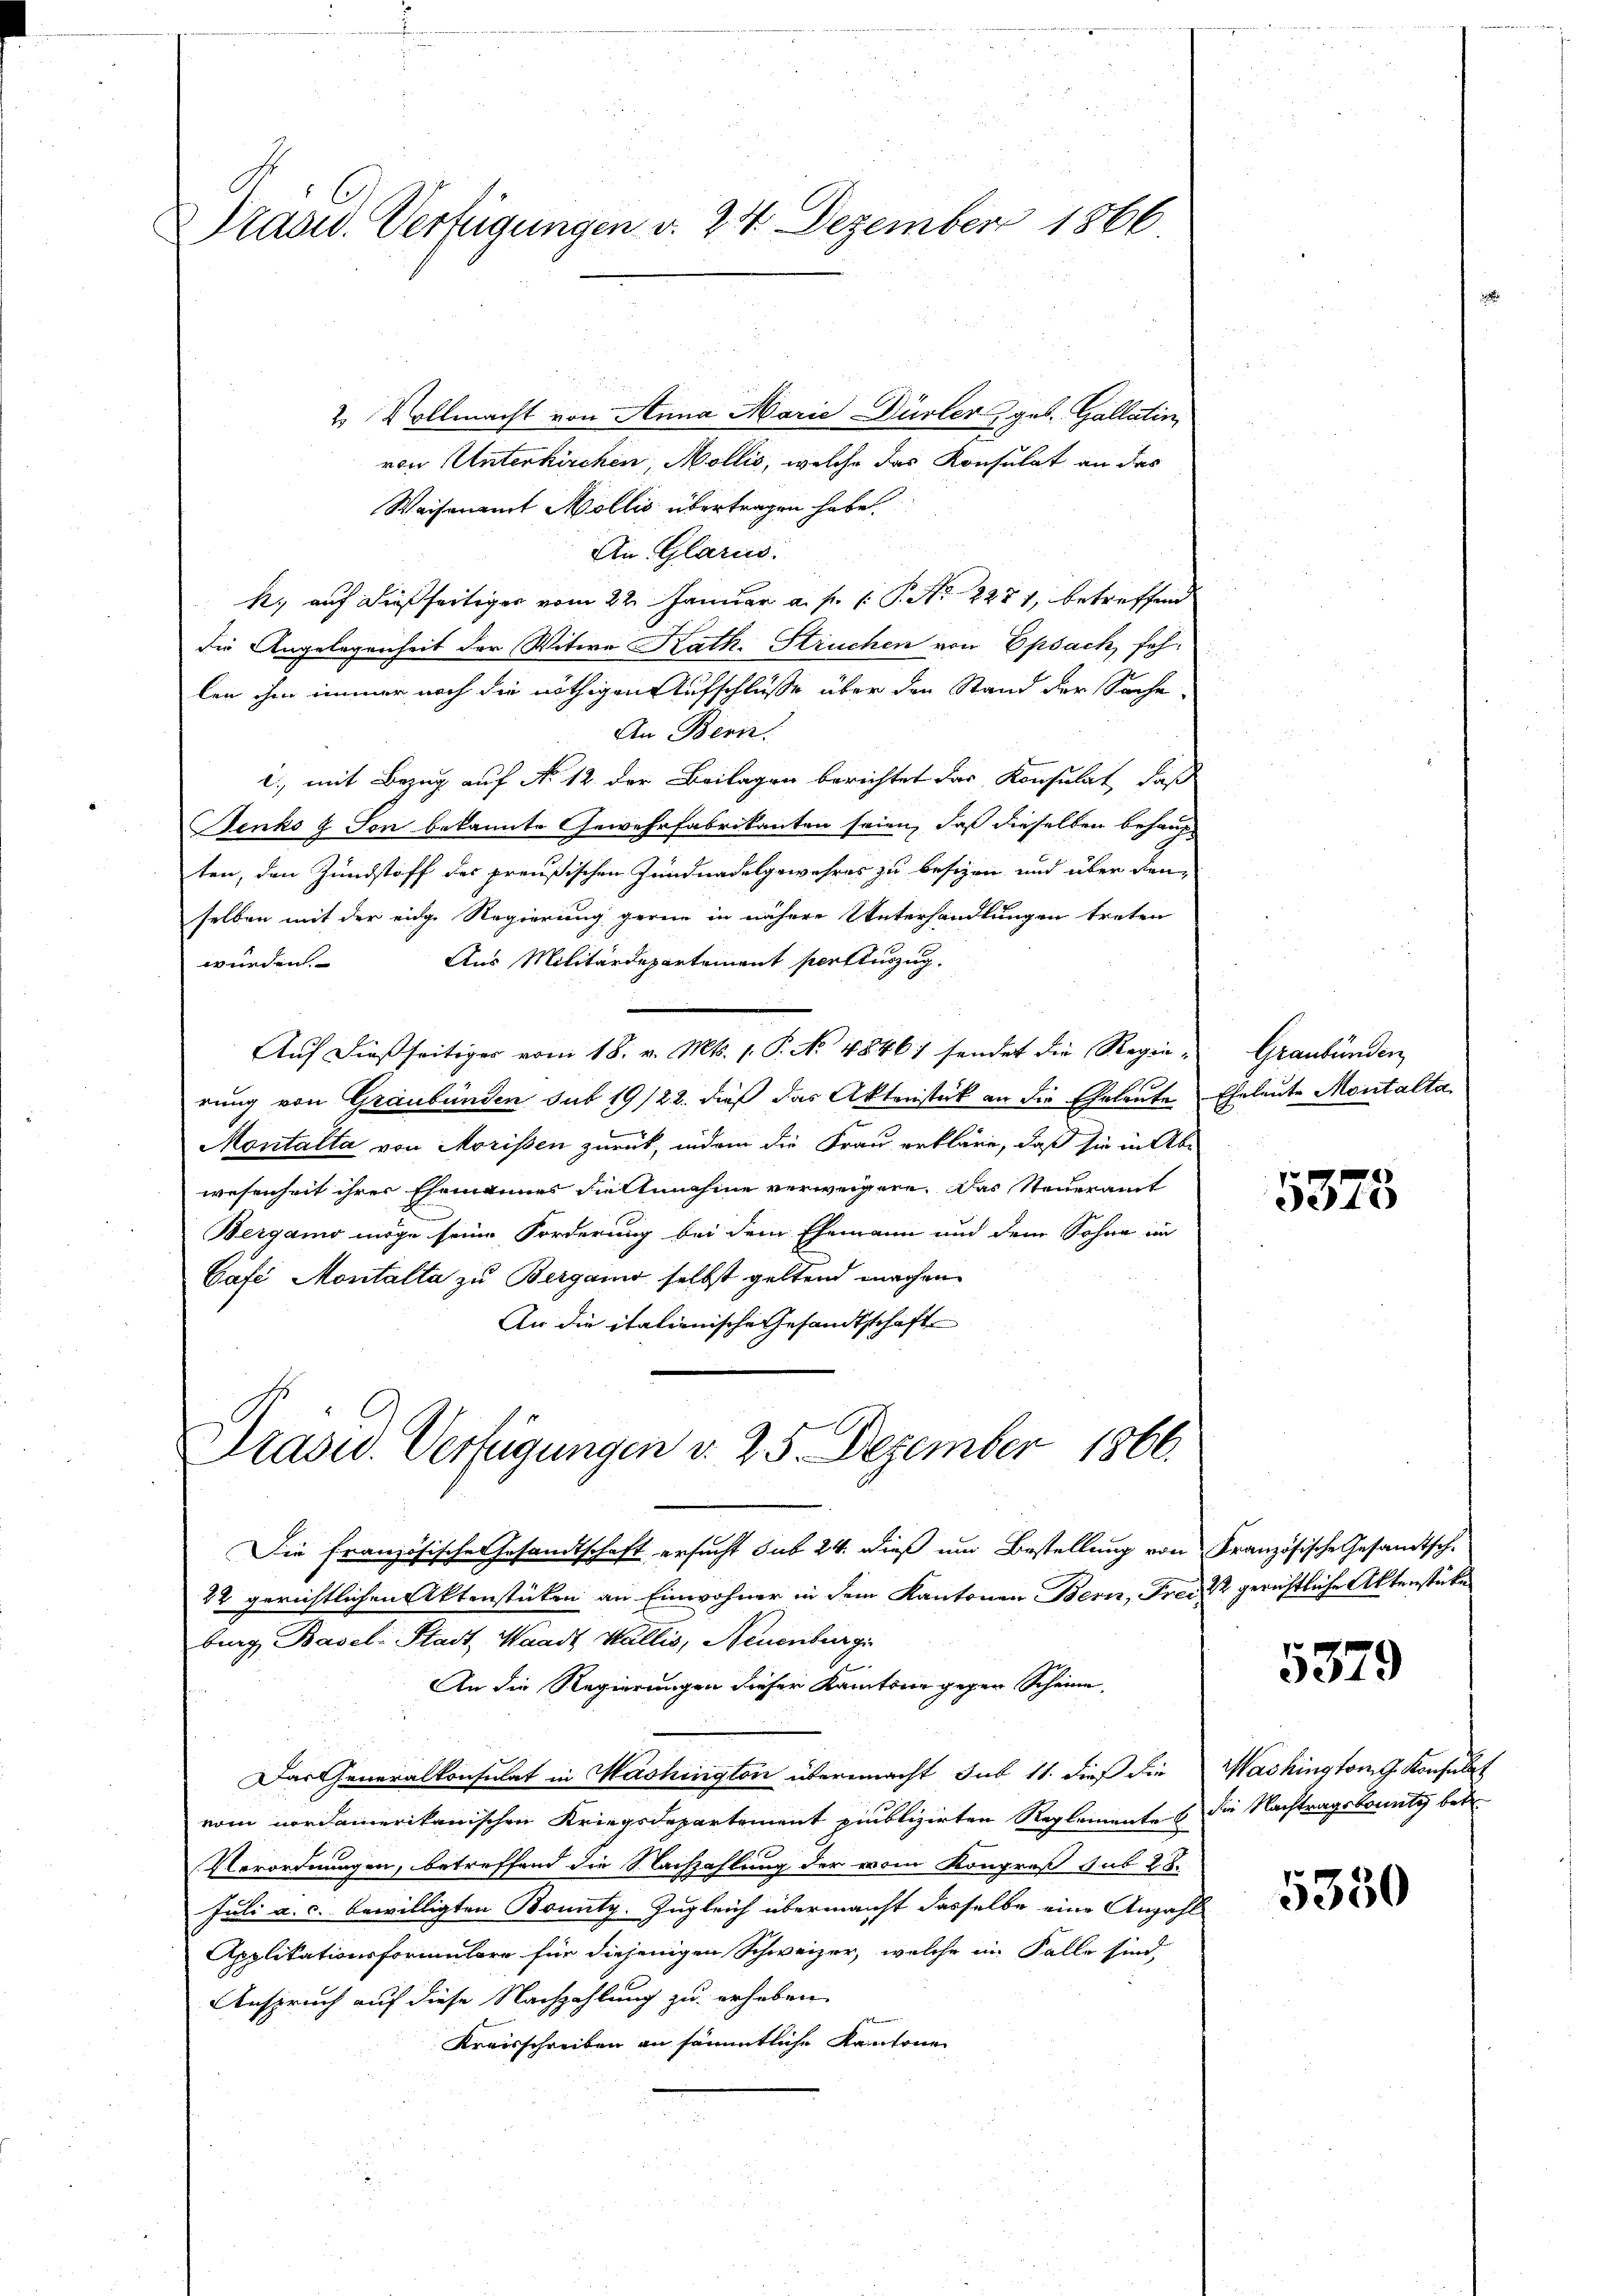
Prasid. Verfügungen d. 24. Dezember 1866.

2 Vollmacht von Anna Marie Dürler geb. Gallatin,
von Unterkirchen, Mollis, welche das Konsulat an das
Weisenamt Mollis übertragen habe.
An. Glarus.
k. auf dießfertiger vom 22. Januar a. f. 1. P. Nr. 2281, betreffend
die Angelegenheit der Witwe Kath. Struchen von Epsach, fehlen ihm immer noch die nöthigen Aufschlüsse über den Stand der Sache
An Beri
., mit Bezug auf No 12. der Beilagen berichtet das Konsulat, daß
enks u. Son bekannte Gewehrfabrikanten seien, daß dieselben behaupt
ten, den Zundstoff des preußischen Jundnadelgewahres zu besizen und über dienselben mit der eidge Regierung gerne in nähere Unterhandlungen treten
Aus Militärdepartement per Auszug.
würden.
Auf dießseitiger vom 18. v. Mts. 1. P. No 4846; sendet die Regierung von Graubünden sub 19/22. dieß das Aktenstück an die Eheleute Eheleute Montalta
Montalta von Morissen zurück, indem die Frau erkläre, daß sie in Abe
wesenheit ihrer Ehemannes Viellenahme verweigere. Das Steueramt
Wergamo möge seine Forderung bei dem Ehemann und dem Sohne im
Café Montalta zu Bergamo selbst geltend machen
An die italienische Gesandtschaft

Prasur. Verfügungen v. 25. Dezember 1866.

Die französische Gesandtschaft ersucht sub 24. dieß um Bestellung von Französische Gesamtsch.
22 gerichtlichen Aktenstücken an Einwohner in dem Kantonen Bern, Freis gerichtliche Aktenstücke
burg, Basel: Stadt, Waadt Wallis, Neuenburgi
An die Regierungen dieser Kantone gegen Scheine,
Das Generalkonsulat in Washington übermacht sub 11. dieß die Washington Konsulat
vom nordamerikanischen Kriegsdepartement publizirten Reglementes die Nachtragsbounty betr
Verordnungen, betreffend die Nachzahlung der vom Kongreß sub 28.
Juli a. c. bewilligten Bounty. Zugleich übermacht dasselbe eine Anzahl
Applikationsformulare für diejenigen Schweizer, welche im Falle sind,
Anspruch auf diese Nachzahlung zu erheben
t
Kraisschreiben an sämmtliche Kantonen

Graubünden

5373

5379

5380